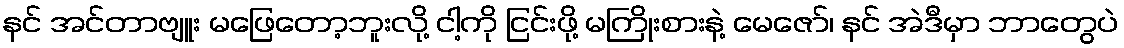
နင် အင်တာဗျူး မဖြေတော့ဘူးလို့ ငါ့ကို ငြင်းဖို့ မကြိုးစားနဲ့ မေဇော်၊ နင် အဲဒီမှာ ဘာတွေပဲ